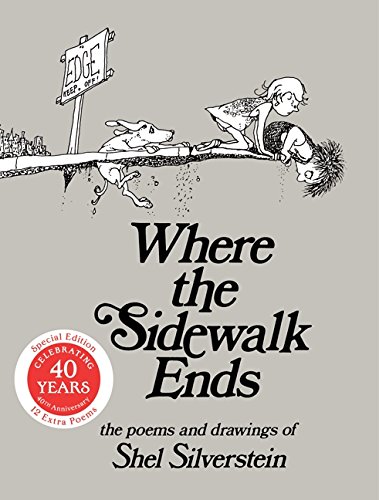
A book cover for Where the Sidewalk Ends: Poems and Drawings; Shel Silverstein; Children's Books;